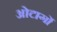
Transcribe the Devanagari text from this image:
ओटार्गो